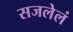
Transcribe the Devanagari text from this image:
सजलेलं